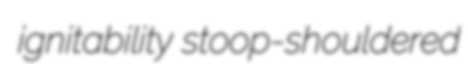
ignitability stoop-shouldered